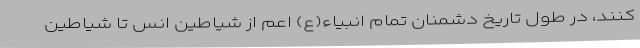
کنند، در طول تاریخ دشمنانِ تمام انبیاء(ع) اعم از شیاطین انس تا شیاطین